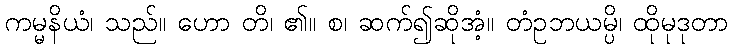
ကမ္မနိယံ၊ သည်။ ဟော တိ၊ ၏။ စ၊ ဆက်၍ဆိုအံ့။ တံဥဘယမ္ပိ၊ ထိုမုဒုတာ